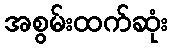
အစွမ်းထက်ဆုံး